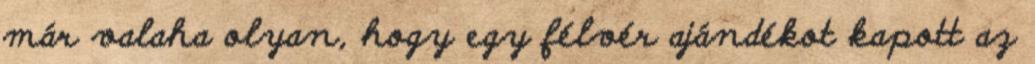
már valaha olyan, hogy egy félvér ajándékot kapott az